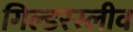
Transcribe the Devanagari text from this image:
गिल्डरस्लीव